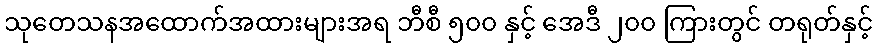
သုတေသနအထောက်အထားများအရ ဘီစီ ၅၀၀ နှင့် အေဒီ ၂၀၀ ကြားတွင် တရုတ်နှင့်